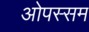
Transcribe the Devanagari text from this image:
ओपस्सम